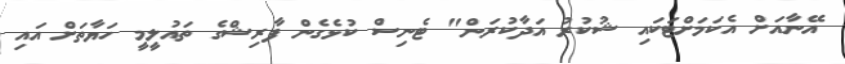
އޭނާއަށް އެކަމަށްޓަކައި ޝުކުރު އަދާކުރަން" ޓެނިސް ކުޅެގެން ފާރިޝްގެ ތައުލީމީ ހަޔާތަށް އައި